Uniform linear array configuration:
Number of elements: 16
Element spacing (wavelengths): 1
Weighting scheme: cosine
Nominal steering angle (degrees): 0
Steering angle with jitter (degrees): -0.4459
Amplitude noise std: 0.05
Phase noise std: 0.05

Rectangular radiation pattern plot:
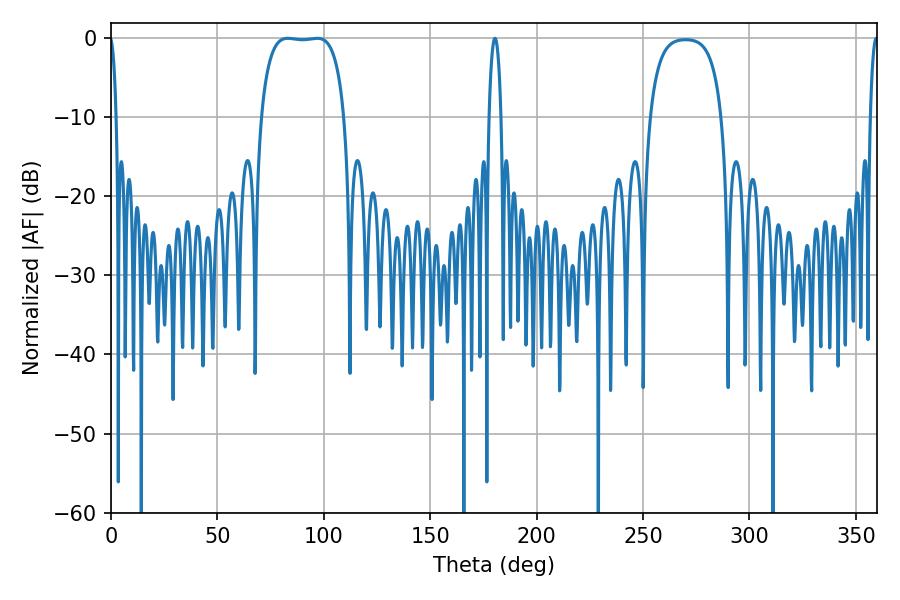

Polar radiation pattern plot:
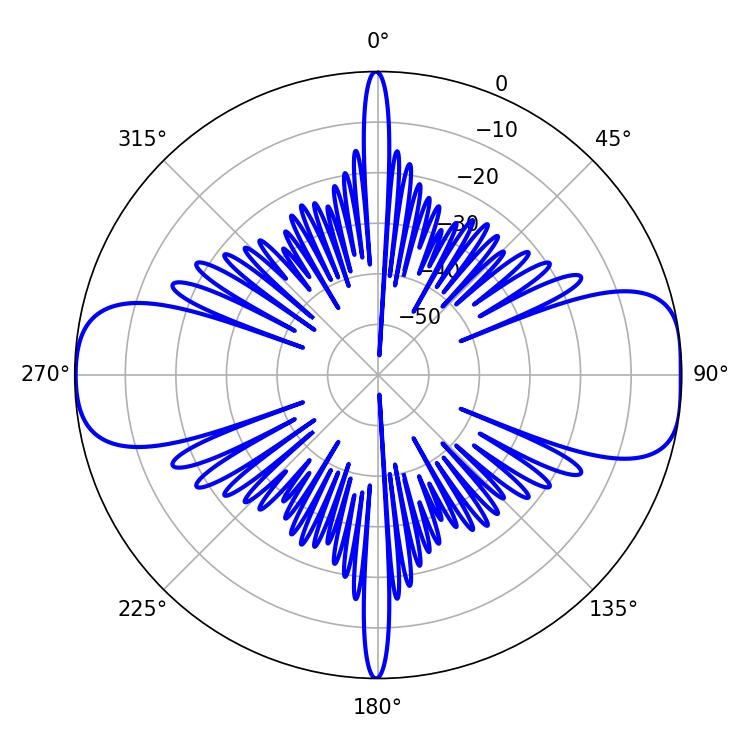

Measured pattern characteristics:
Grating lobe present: TRUE
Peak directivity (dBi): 11.906
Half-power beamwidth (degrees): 30.96
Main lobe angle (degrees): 83.16